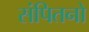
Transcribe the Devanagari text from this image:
संपितनो